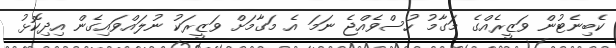
ކެބިނެޓުން ވަޒީރެއްގެ މަގާމު ހުސްވެއްޖެ ނަމަ އެ މަގާމަށް ވަޒީރަކު ނުލައްވައިގެން އިދިކޮޅު